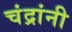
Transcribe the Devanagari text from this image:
चंद्रांनी